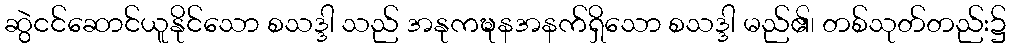
ဆွဲငင်ဆောင်ယူနိုင်သော စသဒ္ဒါ သည် အနုကဍ္ဎနအနက်ရှိသော စသဒ္ဒါ မည်၏၊ တစ်သုတ်တည်း၌